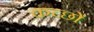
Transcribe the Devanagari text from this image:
कच्छों